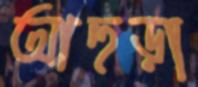
আহুড়া